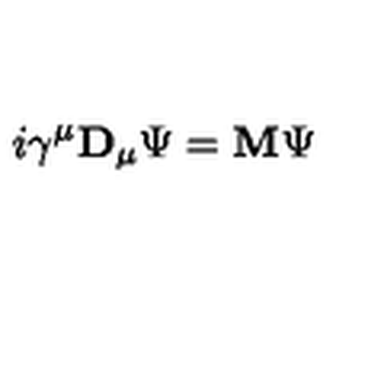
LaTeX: i \gamma ^ { \mu } { \bf D } _ { \mu } \Psi = { \bf M } \Psi